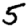
Digit: 5